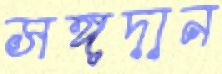
সঙ্গদান